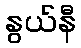
နွယ်နီ